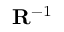
\mathbf { R } ^ { - 1 }